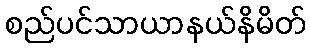
စည်ပင်သာယာနယ်နိမိတ်